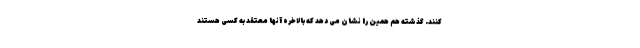
کنند. گذشته هم همین را نشان می دهد که بالاخره آنها معتقد به کسی هستند